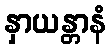
နှာယန္တာနံ